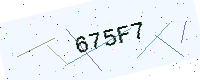
Text: 675F7